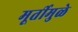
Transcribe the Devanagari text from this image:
मूर्तीमुळे